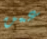
عمن